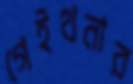
গেইথনার